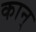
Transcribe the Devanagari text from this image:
कान्‌